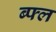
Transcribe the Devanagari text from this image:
ब्फ्ल